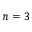
n = 3